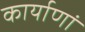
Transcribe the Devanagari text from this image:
कार्याणां